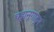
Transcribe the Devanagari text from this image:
चट्टानूगाहून